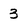
Character: 3